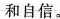
和自信。